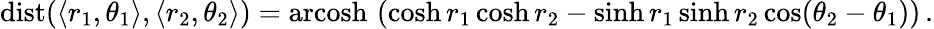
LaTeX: \operatorname{dist}(\langle r_{1},\theta_{1}\rangle,\langle r_{2},\theta_{2}\rangle)=\operatorname{arcosh}\, \left(\cosh r_{1}\cosh r_{2}-\sinh r_{1}\sinh r_{2}\cos(\theta_{2}-\theta_{1})\right)\, .